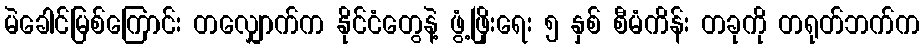
မဲခေါင်မြစ်ကြောင်း တလျှောက်က နိုင်ငံတွေနဲ့ ဖွံ့ဖြိုးရေး ၅ နှစ် စီမံကိန်း တခုကို တရုတ်ဘက်က